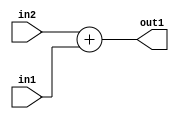
`timescale 1ps / 1ps
/*****************************************************************************
    Verilog RTL Description
    
    
    Created by: Stratus DpOpt 2019.1.01 
*******************************************************************************/

module GauFilter_Add_2Ux1U_2U_4 (
	in2,
	in1,
	out1
	); /* architecture "behavioural" */ 
input [1:0] in2;
input  in1;
output [1:0] out1;
wire [1:0] asc001;

assign asc001 = 
	+(in2)
	+(in1);

assign out1 = asc001;
endmodule

/* CADENCE  urf3SQ8= : u9/ySgnWtBlWxVPRXgAZ4Og= ** DO NOT EDIT THIS LINE ******/